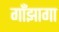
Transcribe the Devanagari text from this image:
गाँझागा